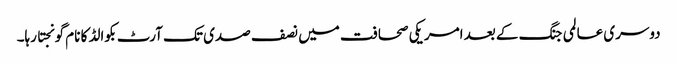
دوسری عالمی جنگ کے بعد امریکی صحافت میں نصف صدی تک آرٹ بکوالڈ کا نام گونجتا رہا۔